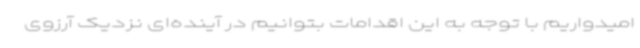
امیدواریم با توجه به این اقدامات بتوانیم در آینده‌ای نزدیک آرزوی